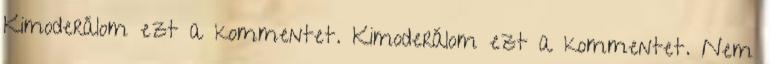
Kimoderálom ezt a kommentet. Kimoderálom ezt a kommentet. Nem